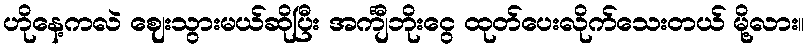
ဟိုနေ့ကလဲ ဈေးသွားမယ်ဆိုပြီး အင်္ကျီဘိုးငွေ ထုတ်ပေးလိုက်သေးတယ် မို့လား။